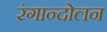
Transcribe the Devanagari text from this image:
रंगान्दोलन